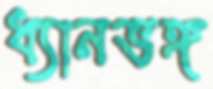
ধ্যানভঙ্গ